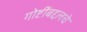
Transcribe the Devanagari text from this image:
गोष्टींबद्दलचे